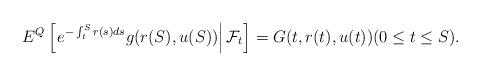
LaTeX: \begin{align*}E^{Q}\left[\left. e^{-\int_{t}^{S} r(s) ds} g(r(S),u(S))\right|\mathcal{F}_{t}\right]=G(t,r(t),u(t)) (0\le t\le S).\end{align*}